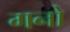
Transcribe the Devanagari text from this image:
गनो